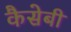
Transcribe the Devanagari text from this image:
कैसेबी